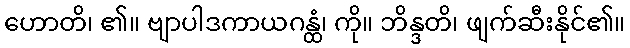
ဟောတိ၊ ၏။ ဗျာပါဒကာယဂန္ထံ၊ ကို။ ဘိန္ဒတိ၊ ဖျက်ဆီးနိုင်၏။